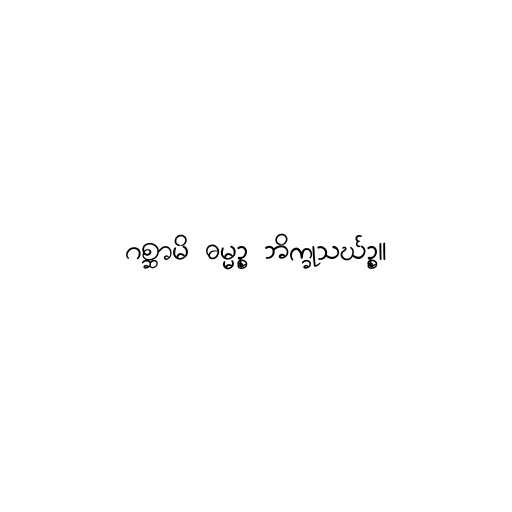
ဂစ္ဆာမိ ဓမ္မဉ္စ ဘိက္ခုသင်္ဃဉ္စ။